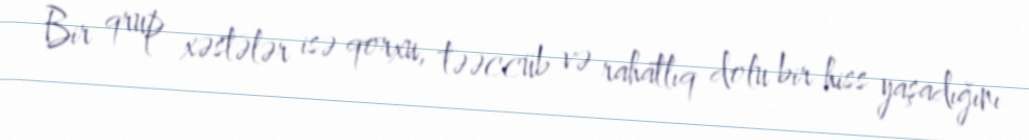
Bir qrup xəstələr isə qorxu, təəccüb və rahatlıq dolu bir hiss yaşadığını